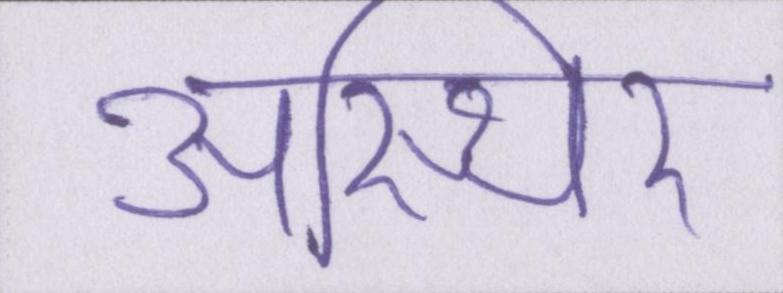
अस्थिर